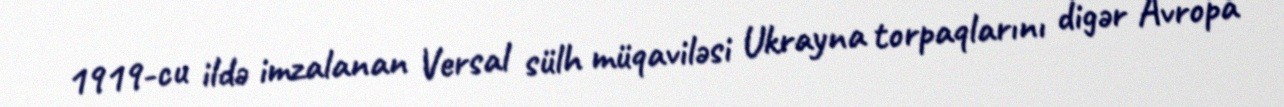
1919-cu ildə imzalanan Versal sülh müqaviləsi Ukrayna torpaqlarını digər Avropa